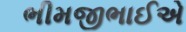
ભીમજીભાઈએ